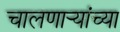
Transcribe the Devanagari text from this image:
चालणार्‍यांच्या